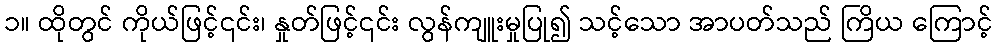
၁။ ထိုတွင် ကိုယ်ဖြင့်၎င်း၊ နှုတ်ဖြင့်၎င်း လွန်ကျူးမှုပြု၍ သင့်သော အာပတ်သည် ကြိယ ကြောင့်